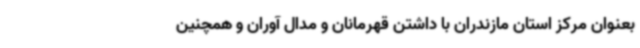
بعنوان مرکز استان مازندران با داشتن قهرمانان و مدال آوران و همچنین